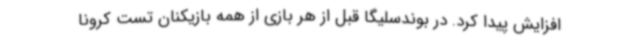
افزایش پیدا کرد. در بوندسلیگا قبل از هر بازی از همه بازیکنان تست کرونا